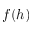
f ( h )